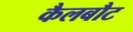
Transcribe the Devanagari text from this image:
कैलबौट